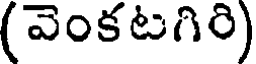
(వెంకటగిరి)